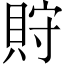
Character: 𧵤